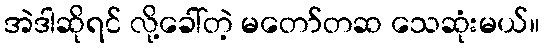
အဲဒါဆိုရင် လို့ခေါ်တဲ့ မတော်တဆ သေဆုံးမယ်။